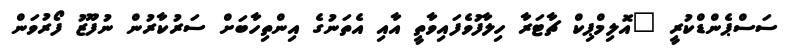
ސަސްޕެންޑްކުރީ "އޮލިމްޕިކް ޗާޓަރާ ހިލާފުވެފައިވާތީ އާއި އެތަނުގެ އިންތިހާބަށް ސަރުކާރުން ނުފޫޒު ފޯރުވަން